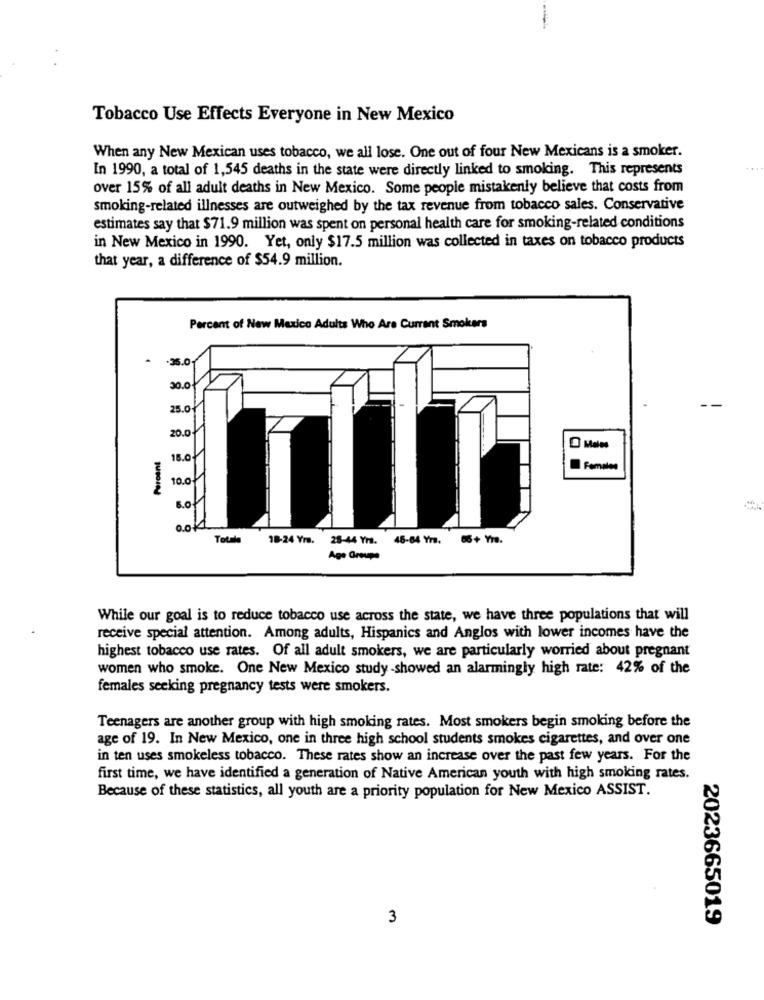
Tobacco Use Effects Everyone in New Mexico
When any New Mexican uses tobacco, we all lose. One out of four New Mexicans is a smoker.
In 1990, a total of 1,545 deaths in the state were directly linked to smoking. This represents
over 15% of all adult deaths in New Mexico. Some people mistakenly believe that costs from
smoking-related illnesses are outweighed by the tax revenue from tobacco sales. Conservative
estimates say that $71.9 million was spent on personal health care for smoking-related conditions
in New Mexico in 1990. Yet, only $17.5 million was collected in taxes on tobacco products
that year, a difference of $54.9 million.
Percent of New Mexico Adults Who Are Currant Smokers
-35.0
30.0
25.0
20.0
Percent
16.0
10.0
.0
Totale
18-24 Yr. 28-44 Yrs.
45-64 Yrs. 66+ Yre.
Age Groups
While our goal is to reduce tobacco use across the state, we have three populations that will
receive special attention. Among adults, Hispanics and Anglos with lower incomes have the
highest tobacco use rates. Of all adult smokers, we are particularly worried about pregnant
women who smoke. One New Mexico study showed an alarmingly high rate: 42% of the
females seeking pregnancy tests were smokers.
Teenagers are another group with high smoking rates. Most smokers begin smoking before the
age of 19. In New Mexico, one in three high school students smokes cigarettes, and over one
in ten uses smokeless tobacco. These rates show an increase over the past few years. For the
first time, we have identified a generation of Native American youth with high smoking rates.
Because of these statistics, all youth are a priority population for New Mexico ASSIST.
3
2023665019